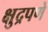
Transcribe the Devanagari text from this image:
क्षुद्रपणे